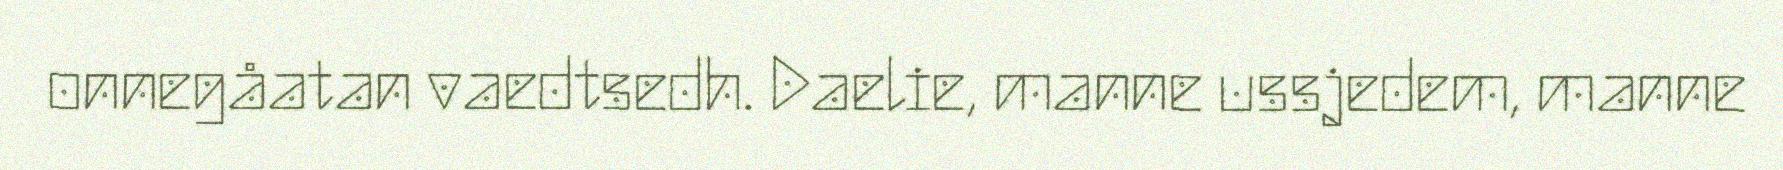
onnegåatan vaedtsedh. Daelie, manne ussjedem, manne